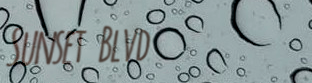
Sunset Blvd